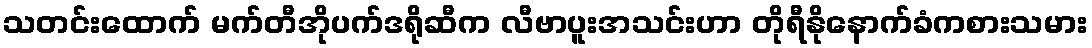
သတင်းထောက် မက်တီအိုပက်ဒရိုဆီက လီဗာပူးအသင်းဟာ တိုရီနိုနောက်ခံကစားသမား